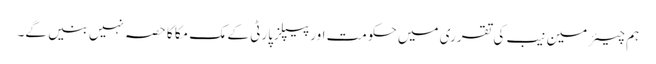
ہم چیئرمین نیب کی تقرری میں حکومت اورپیپلزپارٹی کے مک مکا کا حصہ نہیں بنیں گے۔